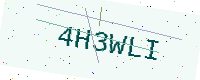
Text: 4H3WLI